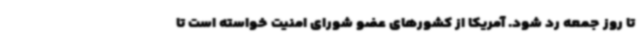
تا روز جمعه رد شود. آمریکا از کشورهای عضو شورای امنیت خواسته است تا